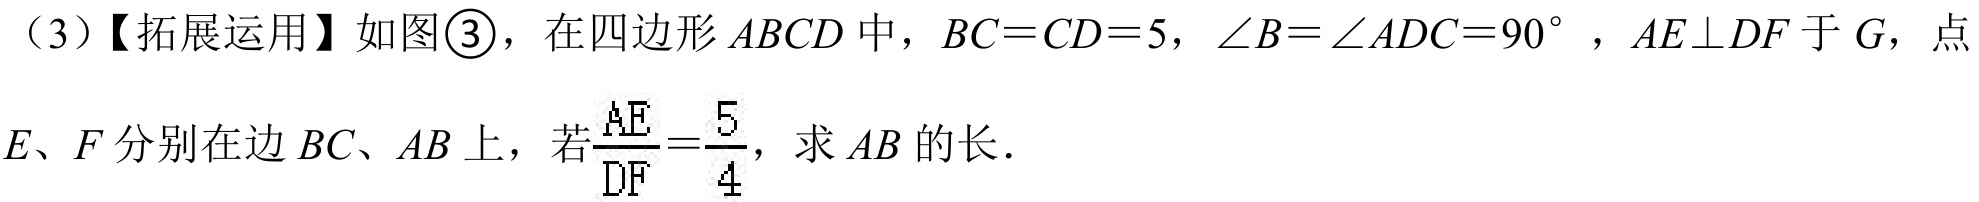
（3）【拓展运用】如图\textcircled{3}，在四边形 \(ABCD\) 中，\(BC = CD = 5\)，\(\angle B=\angle ADC = 90^{\circ}\)，\(AE\perp DF\) 于 \(G\)，点 \(E\)、\(F\) 分别在边 \(BC\)、\(AB\) 上，若\(\frac{AE}{DF}=\frac{5}{4}\)，求 \(AB\) 的长．